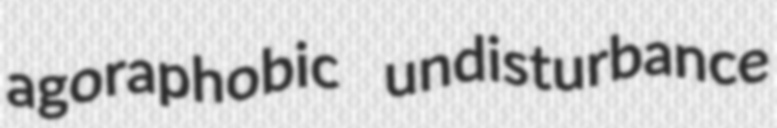
agoraphobic undisturbance